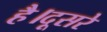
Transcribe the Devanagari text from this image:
है।दूसरे